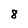
Character: 8